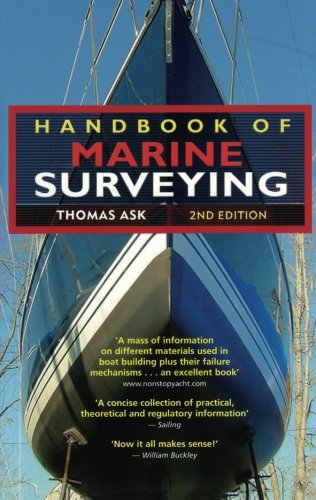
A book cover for Handbook of Marine Surveying; Thomas Ask; Engineering & Transportation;